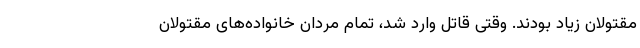
مقتولان زیاد بودند. وقتی قاتل وارد شد، تمام مردان خانواده‌های مقتولان